Lunatic asylums Madras 1877-1891 - 1877-1891
Year: 1877
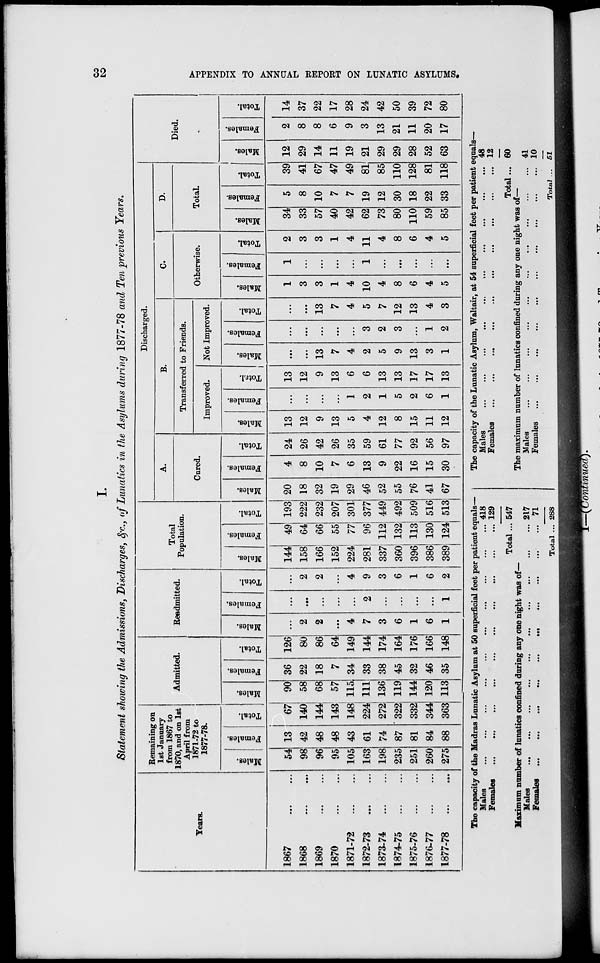
32
APPENDIX TO ANNUAL REPORT ON LUNATIC ASYLUMS.
I.
Statement showing the Admissions, Discharges, &c., of Lunatics in the Asylums during 1877-78 and Ten previous Years.
Years.
1867 ... ...
1868 ... ...
1869 ... ...
1870 ... ...
1871-72 ... ...
1872-73 ... ...
1873-74 ... ...
1874-75 ... ...
1875-76 ... ...
1876-77 ... ...
1877-78 ... ...
Remaining on
1st January
from 1867 to
1870, and on 1st
April from
1871-72 to
1877-78.
Males.
54
98
96
95
105
163
198
235
251
260
275
Females.
13
42
48
48
43
61
74
87
81
84
88
Total.
67
140
144
143
148
224
272
322
332
344
363
Admitted.
Males.
90
58
68
57
115
111
136
119
144
120
113
Females.
36
22
18
7
34
33
38
45
32
46
35
Total.
126
80
86
64
149
144
174
164
176
166
148
Readmitted.
Males.
...
2
2
...
4
7
3
6
1
6
1
Females.
...
...
...
...
...
2
...
...
...
...
1
Total.
...
2
2
...
4
9
3
6
1
6
2
Total
Population.
Males.
144
158
166
152
224
281
337
360
396
386
389
Females.
49
64
66
55
77
96
112
132
113
130
124
Total.
193
222
232
207
301
377
449
492
509
516
513
Discharged.
A.
Cured.
Males.
20
18
32
19
29
46
52
55
76
41
67
Females.
4
8
10
7
6
13
9
22
16
15
30
Total.
24
26
42
26
35
59
61
77
92
56
97
B.
Transferred to Friends.
Improved.
Males.
13
12
9
13
5
4
12
8
15
11
12
Females.
...
...
...
...
1
2
1
5
2
6
1
Total.
13
12
9
13
6
6
13
13
17
17
13
Not Improved.
Males.
...
...
13
7
4
2
5
9
13
3
1
Females.
...
...
...
...
...
3
2
3
...
1
2
Total.
...
...
13
7
4
5
7
12
13
4
3
C.
Otherwise.
Males.
1
3
3
1
4
10
4
8
6
4
5
Females.
1
...
...
...
...
1
...
...
...
...
...
Total.
2
3
3
1
4
11
4
8
6
4
5
D.
Total.
Males.
34
33
57
40
42
62
73
80
110
59
85
Females.
5
8
10
7
7
19
12
30
18
22
33
Total.
39
41
67
47
49
81
85
110
128
81
118
Died.
Males.
12
29
14
11
19
21
29
29
28
52
63
Females.
2
8
8
6
9
3
13
21
11
20
17
Total.
14
37
22
17
28
24
42
50
39
72
80
The capacity of the Madras Lunatic Asylum at 50 superficial feet per patient equals—
Males
...
...
...
...
...
...
...
...
...
...
Females
...
...
...
...
...
...
...
... ... ...
Total ...
418
129
547
Maximum number of lunatics confined during any one night was of—
Males ... ... ... ... ... ... ... ... ... ...
Females
...
...
...
...
...
...
...
...
...
...
Total ...
217
71
288
The capacity of the Lunatic Asylum, Waltair, at 54 superficial feet per patient equals—
Males ... ... ... ... ... ... ... ... ... ... ...
Females ... ... ... ... ... ... ... ... ... ...
Total ...
48
12
60
The maximum number of lunatics confined during any one night was of—
Males ... ... ... ... ... ... ... ... ... ...
Females
...
...
...
...
...
...
...
...
Total ...
41
10
51